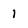
Character: 1